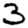
Digit: 3